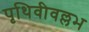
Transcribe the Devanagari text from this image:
पृथिवीवल्लभ